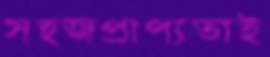
সহজপ্রাপ্যতাই